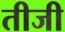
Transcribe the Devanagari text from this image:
तीजी